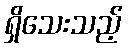
ရှိသေးသည့်